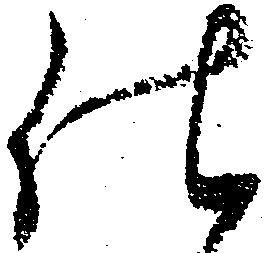
仕